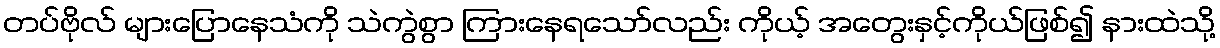
တပ်ဗိုလ် များပြောနေသံကို သဲကွဲစွာ ကြားနေရသော်လည်း ကိုယ့် အတွေးနှင့်ကိုယ်ဖြစ်၍ နားထဲသို့